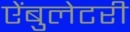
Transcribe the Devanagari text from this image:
ऐंबुलेटरी